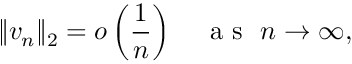
\Vert { v _ { n } } \Vert _ { 2 } = o \left( \frac { 1 } { n } \right) \quad \mathrm { ~ a ~ s ~ } \ n \rightarrow \infty ,